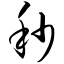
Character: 秒